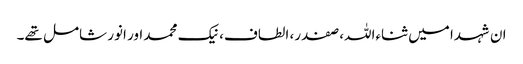
ان شہدا میں ثناءاللہ، صفدر، الطاف، نیک محمد اور انور شامل تھے۔